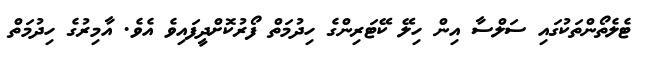
ޓެލެތޯންތަކުގައި ސަލްސާ އިން ހިލޭ ކޭޓަރިންގެ ހިދުމަތް ފޯރުކޮށްދީފައިވެ އެވެ. އާމިރުގެ ހިދުމަތް